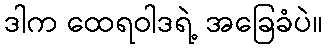
ဒါက ထေရဝါဒရဲ့ အခြေခံပဲ။